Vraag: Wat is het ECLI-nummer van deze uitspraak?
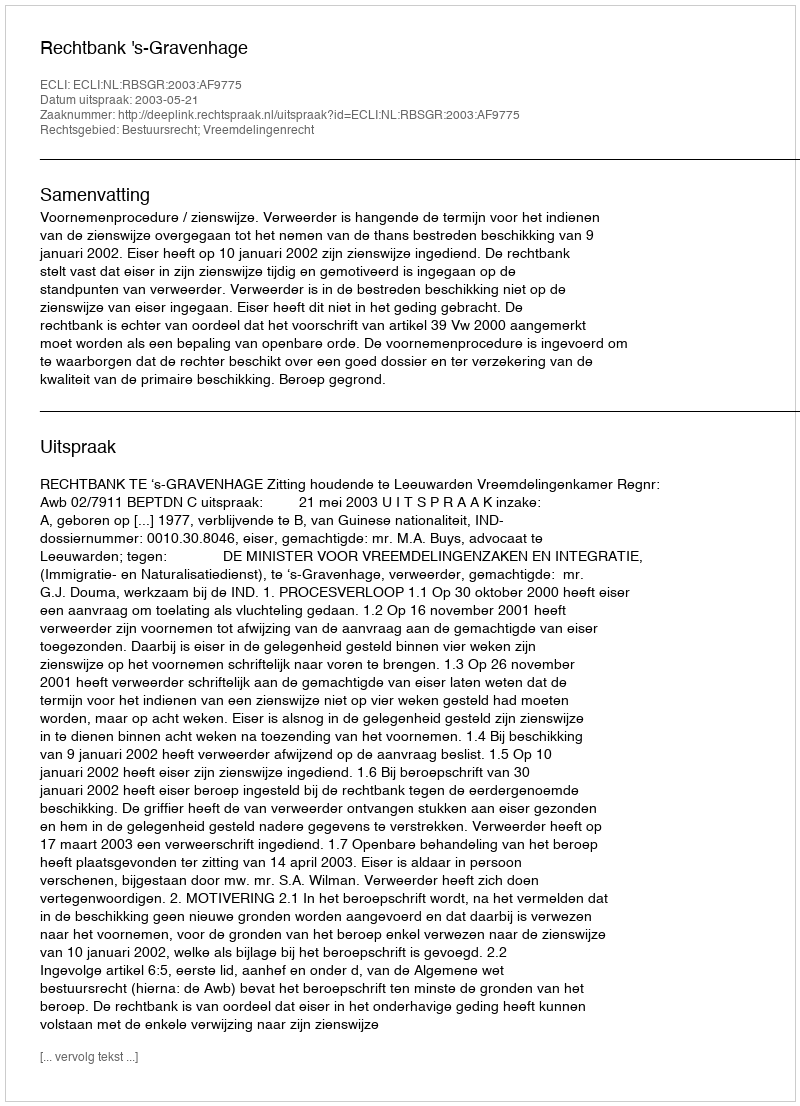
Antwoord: ECLI:NL:RBSGR:2003:AF9775